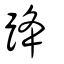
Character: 跭